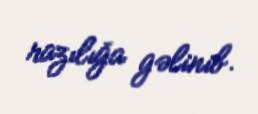
razılığa gəlinib.